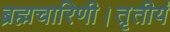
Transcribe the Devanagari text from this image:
ब्रह्मचारिणी।तृतीयं